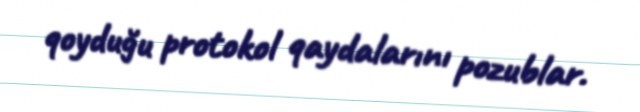
qoyduğu protokol qaydalarını pozublar.